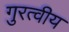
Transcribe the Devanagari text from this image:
गुरत्वीय